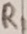
Text: R1